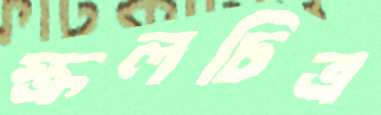
স্ক্রলচিত্র